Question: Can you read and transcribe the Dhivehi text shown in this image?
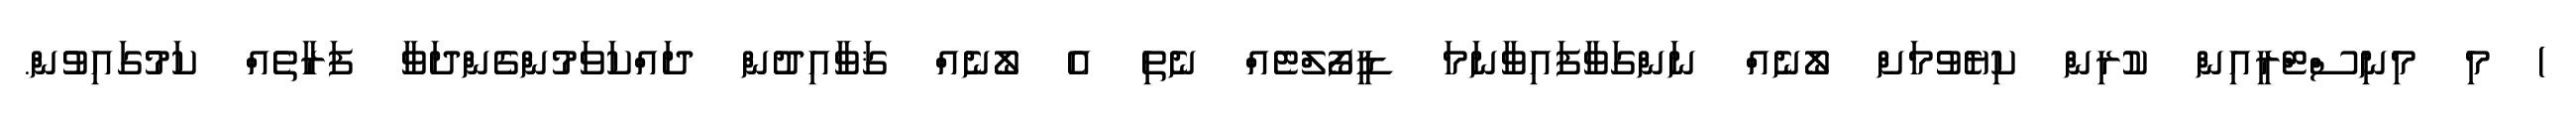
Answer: ) މި މިނިސްޓްރީއިން ކުރިން ކިޔެވުމަށް ލޯނެއް ނަންގަވާފައިވާނަމަ ޑީފޯލްޓެއް ނެތި އެ ލޯނެއް ޤަވާއިދުން ދައްކަވަމުންގެންދަވާ ފަރާތެއް ކަމުގައިވުން.